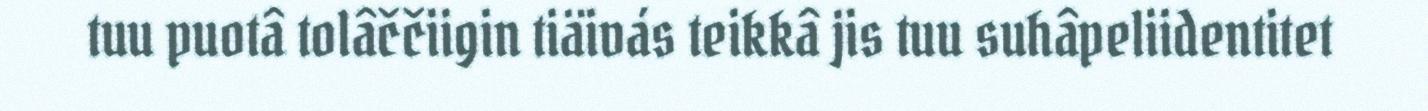
tuu puotâ tolâččiigin tiäivás teikkâ jis tuu suhâpeliidentitet